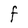
Character: F